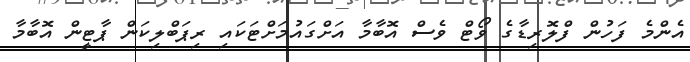
އެންމެ ފަހުން ފްލޮރިޑާގެ ވޯޓް ވެސް އޮބާމާ އަށްގައުމަށްޓަކައި ރިޕަބްލިކަން ޕާޓީން އޮބާމާ